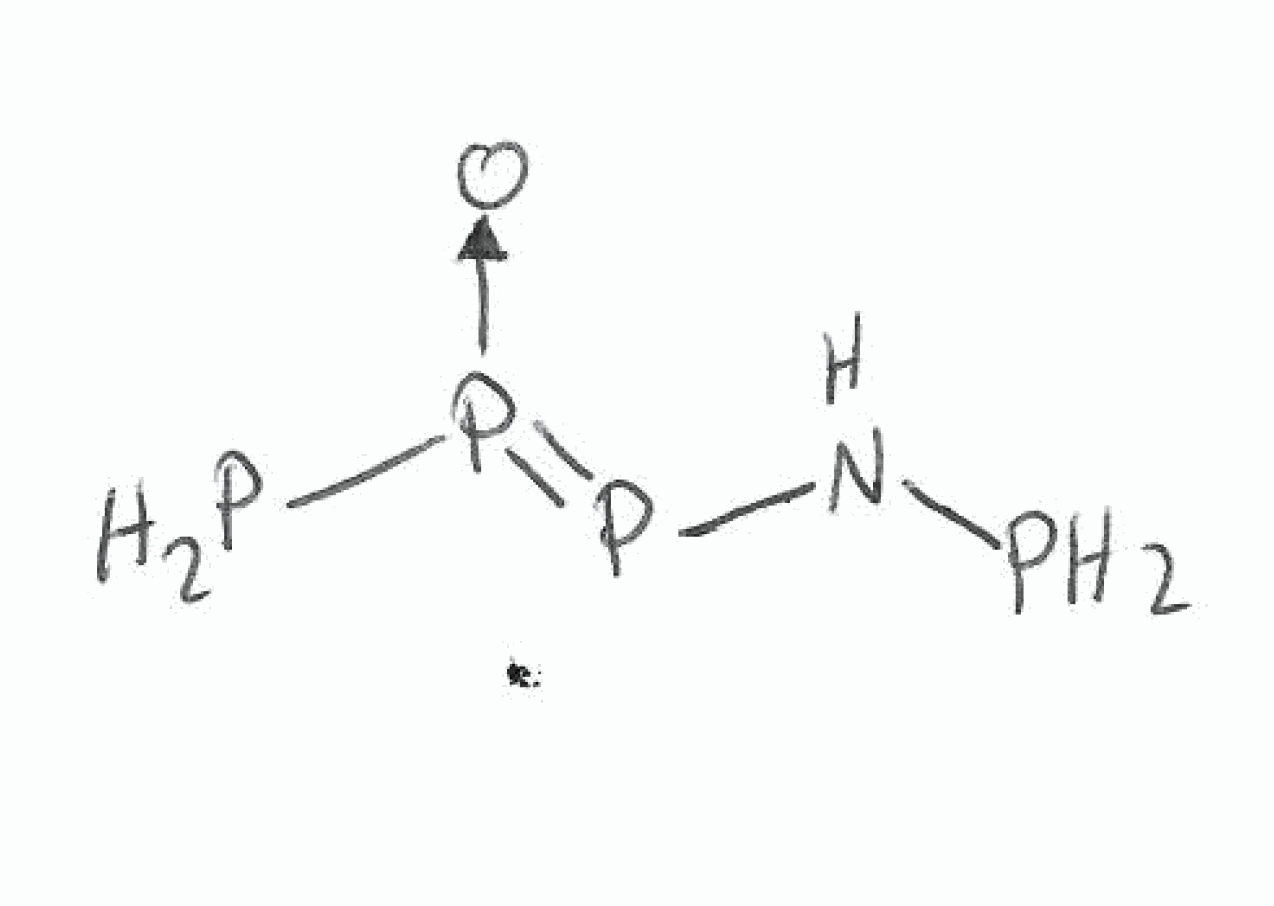
Simplified molecular-input line-entry system (SMILES) notation of the given molecule:
N(P)P=[P+]([O-])P